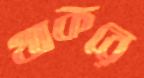
থাকরে